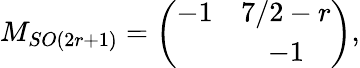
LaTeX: M_{SO(2r+1)}=\left(\begin{array}{cc}{{-1}}&{{7/2-r}}\\ {{}}&{{-1}}\end{array}\right),